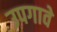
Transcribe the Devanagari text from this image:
उपगावे